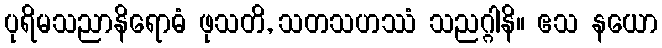
ပုရိမသညာနိရောဓံ ဖုသတိ, သတသဟဿံ သညဂ္ဂါနိ။ ဧသ နယော